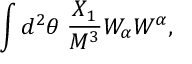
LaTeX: \int d ^ { 2 } \theta \; { \frac { X _ { 1 } } { M ^ { 3 } } } W _ { \alpha } W ^ { \alpha } ,